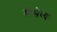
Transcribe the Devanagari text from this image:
श्रीसेव्यः